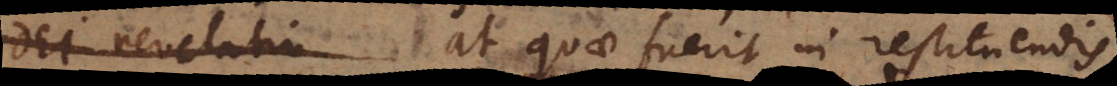
Dei revelatio at quae fuerit in restituendis